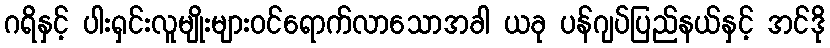
ဂရိနှင့် ပါးရှင်းလူမျိုးများဝင်ရောက်လာသောအခါ ယခု ပန်ဂျပ်ပြည်နယ်နှင့် အင်ဒို